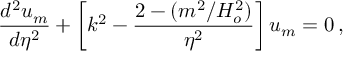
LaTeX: { \frac { d ^ { 2 } u _ { m } } { d \eta ^ { 2 } } } + \left[ k ^ { 2 } - { \frac { 2 - ( m ^ { 2 } / H _ { o } ^ { 2 } ) } { \eta ^ { 2 } } } \right] u _ { m } = 0 \, ,